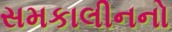
સમકાલીનનો